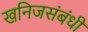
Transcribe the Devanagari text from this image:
खनिजसंबंधी